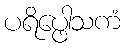
ပရိပ္ဖေါသကံ